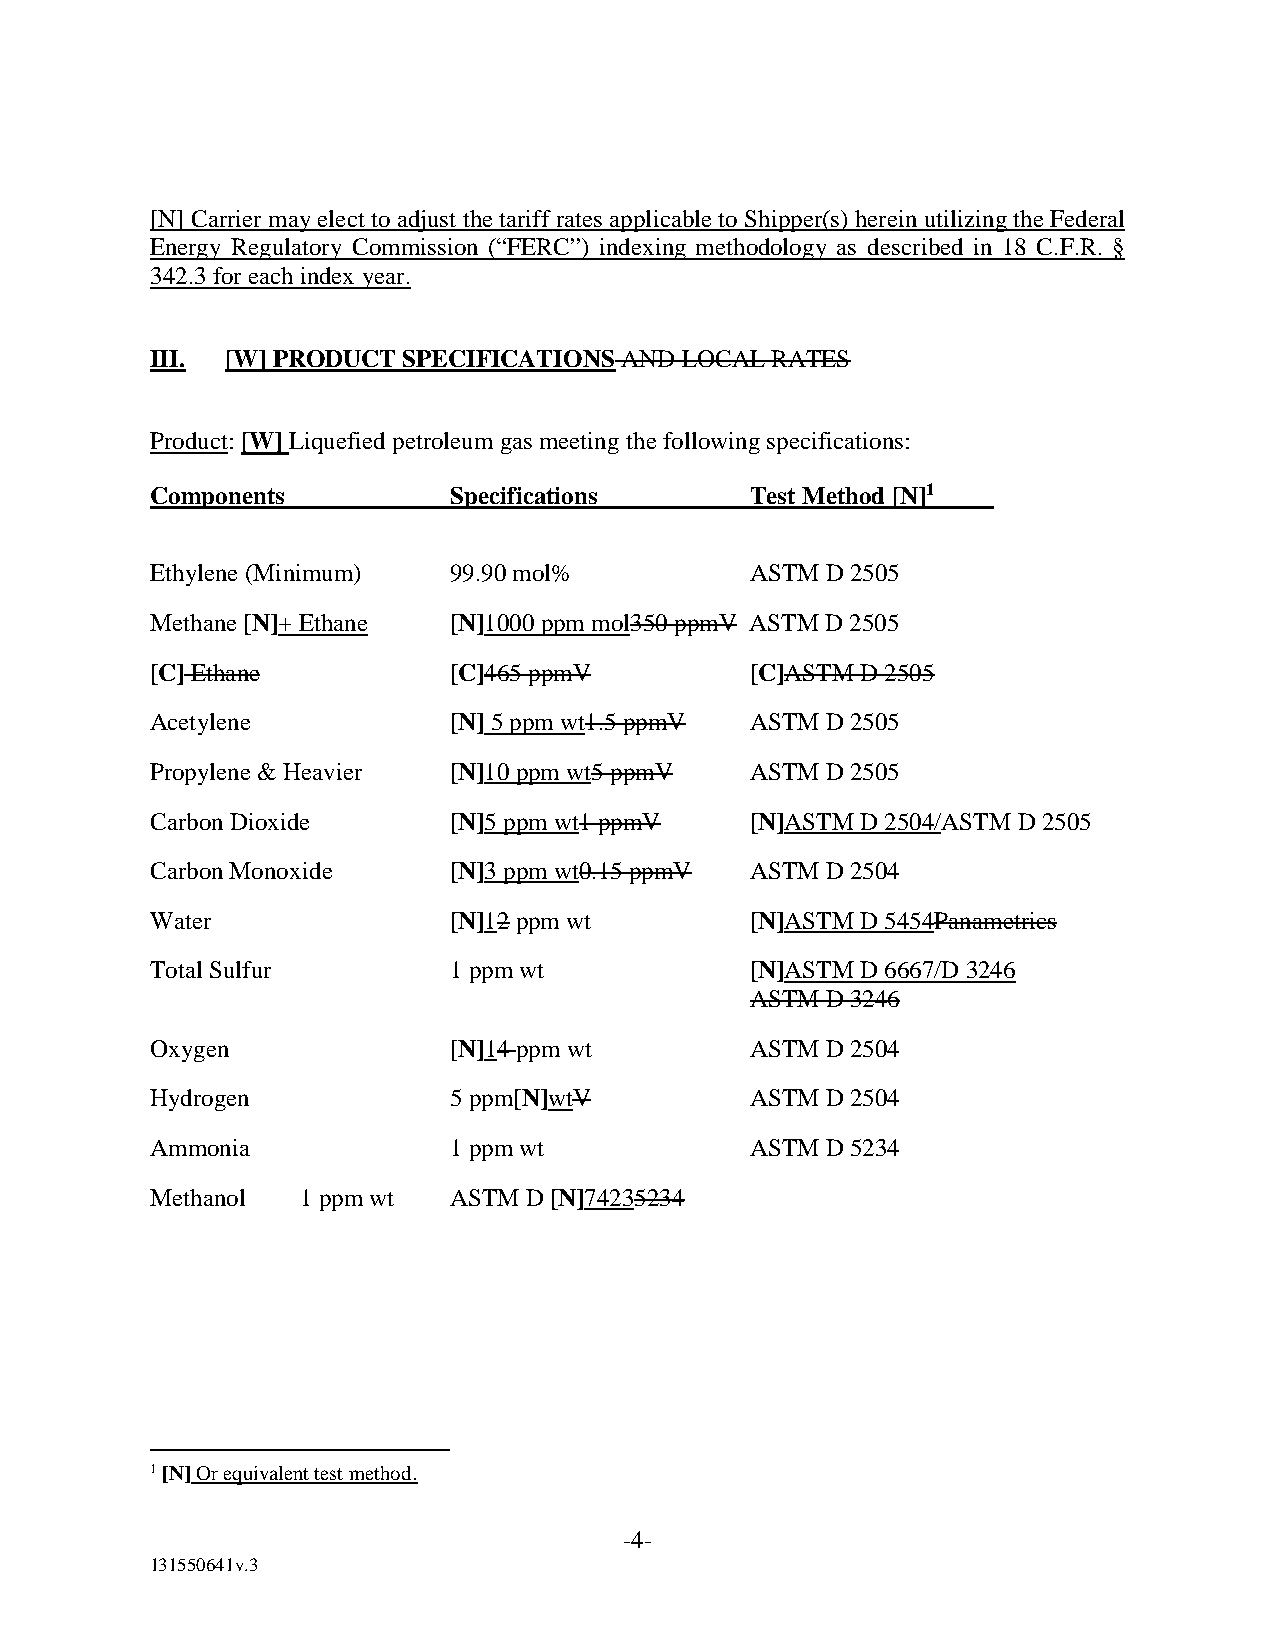
[N] Carrier may elect to adjust the tariff rates applicable to Shipper(s) herein utilizing the Federal
 Energy Regulatory Commission (“FERC”) indexing methodology as described in 18 C.F.R. §
 342.3 for each index year.
 III. [W] PRODUCT SPECIFICATIONS AND LOCAL RATES
 Product: [W] Liquefied petroleum gas meeting the following specifications:
 Components          Specifications      Test Method [N]1
 Ethylene (Minimum)  99.90 mol%          ASTM D 2505
 Methane [N]+ Ethane [N]1000 ppm mol350 ppmV ASTM D 2505
 [C] Ethane          [C]465 ppmV         [C]ASTM D 2505
 Acetylene           [N] 5 ppm wt1.5 ppmV ASTM D 2505
 Propylene & Heavier [N]10 ppm wt5 ppmV  ASTM D 2505
 Carbon Dioxide      [N]5 ppm wt1 ppmV   [N]ASTM D 2504/ASTM D 2505
 Carbon Monoxide     [N]3 ppm wt0.15 ppmV ASTM D 2504
 Water               [N]12 ppm wt        [N]ASTM D 5454Panametrics
 Total Sulfur        1 ppm wt            [N]ASTM D 6667/D 3246
 ASTM D 3246
 Oxygen              [N]14 ppm wt        ASTM D 2504
 Hydrogen            5 ppm[N]wtV         ASTM D 2504
 Ammonia             1 ppm wt            ASTM D 5234
 Methanol  1 ppm wt  ASTM D [N]74235234
 1[N] Or equivalent test method.
 -4-
 131550641v.3